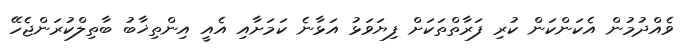
ވެއްދުމުން އެކަންކަން ކުރި ފަރާތްތަކަށް ފިޔަވަޅު އަޅާނެ ކަމަށާއި އެއީ އިންތިޚާބު ބާތިލްކުރަންޖެހޭ